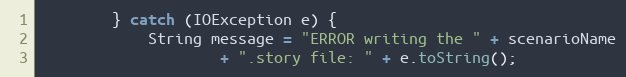
Language: Java
        } catch (IOException e) {
            String message = "ERROR writing the " + scenarioName
                    + ".story file: " + e.toString();